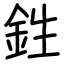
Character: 鉎